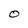
Character: O